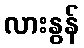
လားနွန်